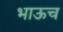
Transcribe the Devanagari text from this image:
भाऊच